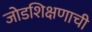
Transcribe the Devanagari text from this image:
जोडशिक्षणाची